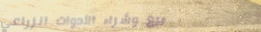
بيع وشراء الأدوات الزراعي